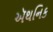
ઍથનિક